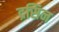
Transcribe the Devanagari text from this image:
द्रसिन